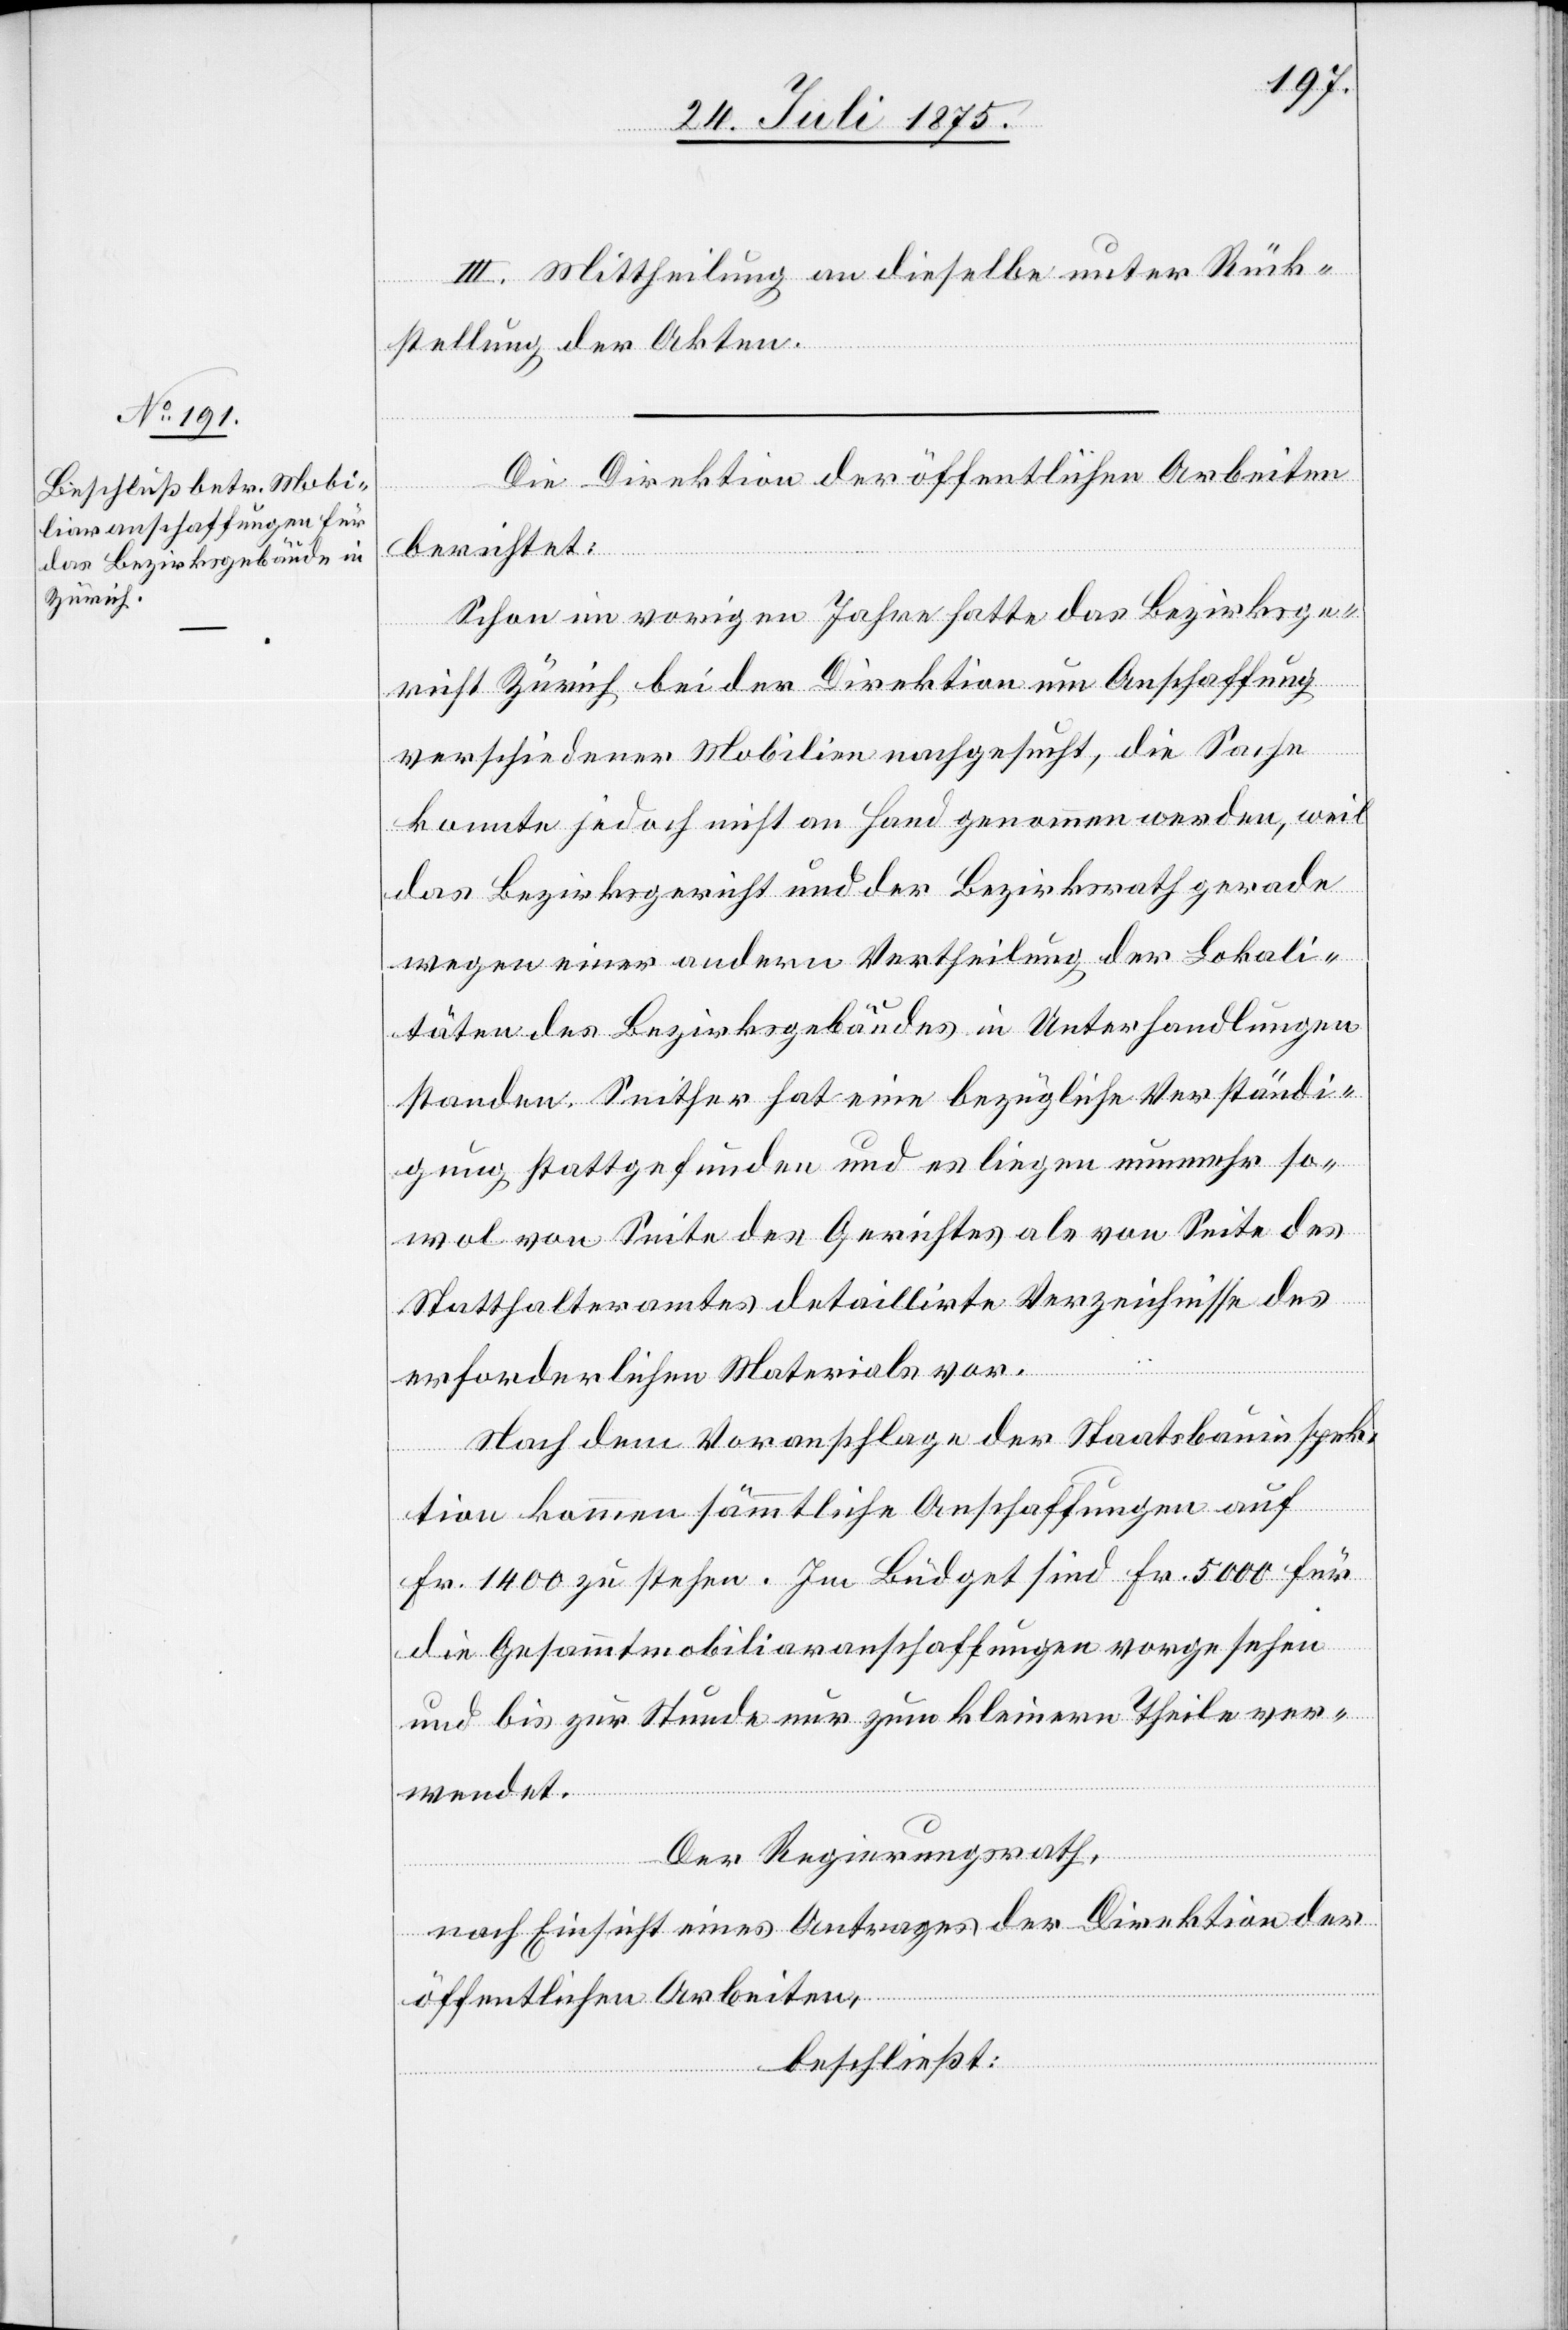
III. Mittheilung an dieselbe unter Rück¬
stellung der Akten.
Die Direktion der öffentlichen Arbeiten
berichtet:
Schon im vorigen Jahre hatte das Bezirksge¬
richt Zürich bei der Direktion um Anschaffung
verschiedener Mobilien nachgesucht, die Sache
konnte jedoch nicht an Hand genommen werden, weil
das Bezirksgericht und der Bezirksrath gerade
wegen einer andern Vertheilung der Lokali¬
täten des Bezirksgebäudes in Unterhandlungen
standen. Seither hat eine bezügliche Verständi¬
gung stattgefunden und es liegen nunmehr so¬
wol von Seite des Gerichtes als von Seite des
Statthalteramtes detaillirte Verzeichnisse des
erforderlichen Materials vor.
Nach dem Voranschlage der Staatsbauinspek¬
tion kommen sämmtliche Anschaffungen auf
Fr. 1400 zu stehen. Im Büdget sind Fr. 5000 für
die Gesammtmobiliaranschaffungen vorgesehen
und bis zur Stunde nur zum kleinern Theile ver¬
wendet.
Der Regierungsrath,
nach Einsicht eines Antrages der Direktion der
öffentlichen Arbeiten,
beschließt: